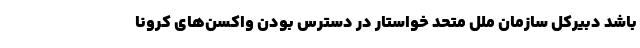
باشد دبیرکل سازمان ملل متحد خواستار در دسترس بودن واکسن‌های کرونا